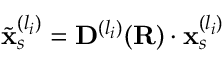
\tilde { \mathbf { x } } _ { s } ^ { ( l _ { i } ) } = \mathbf { D } ^ { ( l _ { i } ) } ( \mathbf { R } ) \cdot \mathbf { x } _ { s } ^ { ( l _ { i } ) }